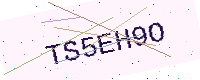
Text: TS5EH9O